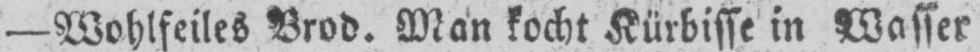
- Wohlfeiles Brod. Man kocht Kürbisse in Wasser